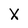
Character: X